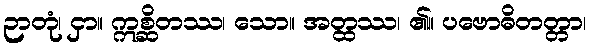
ဉာတုံ၊ ငှာ။ ဣစ္ဆိတဿ၊ သော။ အတ္ထဿ၊ ၏။ ပဗောဓိတတ္တာ၊